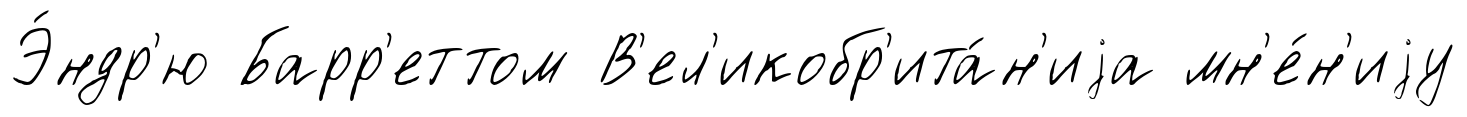
Э́ндр'ю Барр'еттом В'ел'икобр'ита́н'иjа мн'е́н'иjу